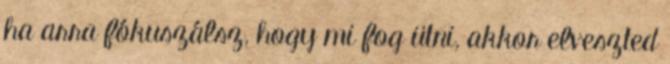
ha arra fókuszálsz, hogy mi fog ütni, akkor elveszted